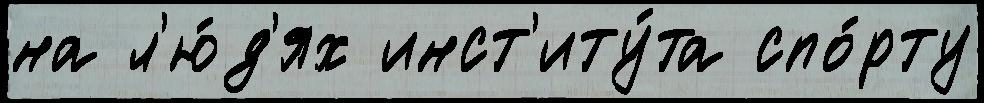
на л'ю́д'ях инст'иту́та спо́рту